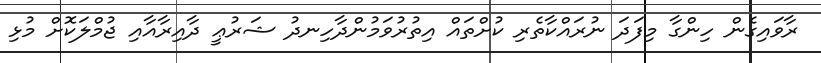
ރާވައިގެން ހިންގާ މިފަދަ ނުރައްކާތެރި ކުށްތައް އިތުރުވަމުންދާހިނދު ޝަރުޢީ ދާއިރާއާއި ޖުމްލަކޮށް މުޅި